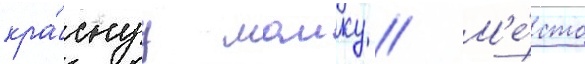
кра́снуу маику // М'е́сто